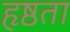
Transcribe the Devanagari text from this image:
हृष्ठता